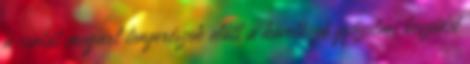
a csatát megjárt tengerészek előtt a következő győzelmi beszédet